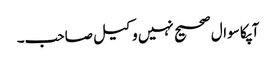
آپکا سوال صحیح نہیں وکیل صاحب۔